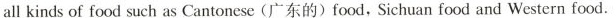
all kinds of food such as Cantonese(广东的) food, Sichuan food and Western food.